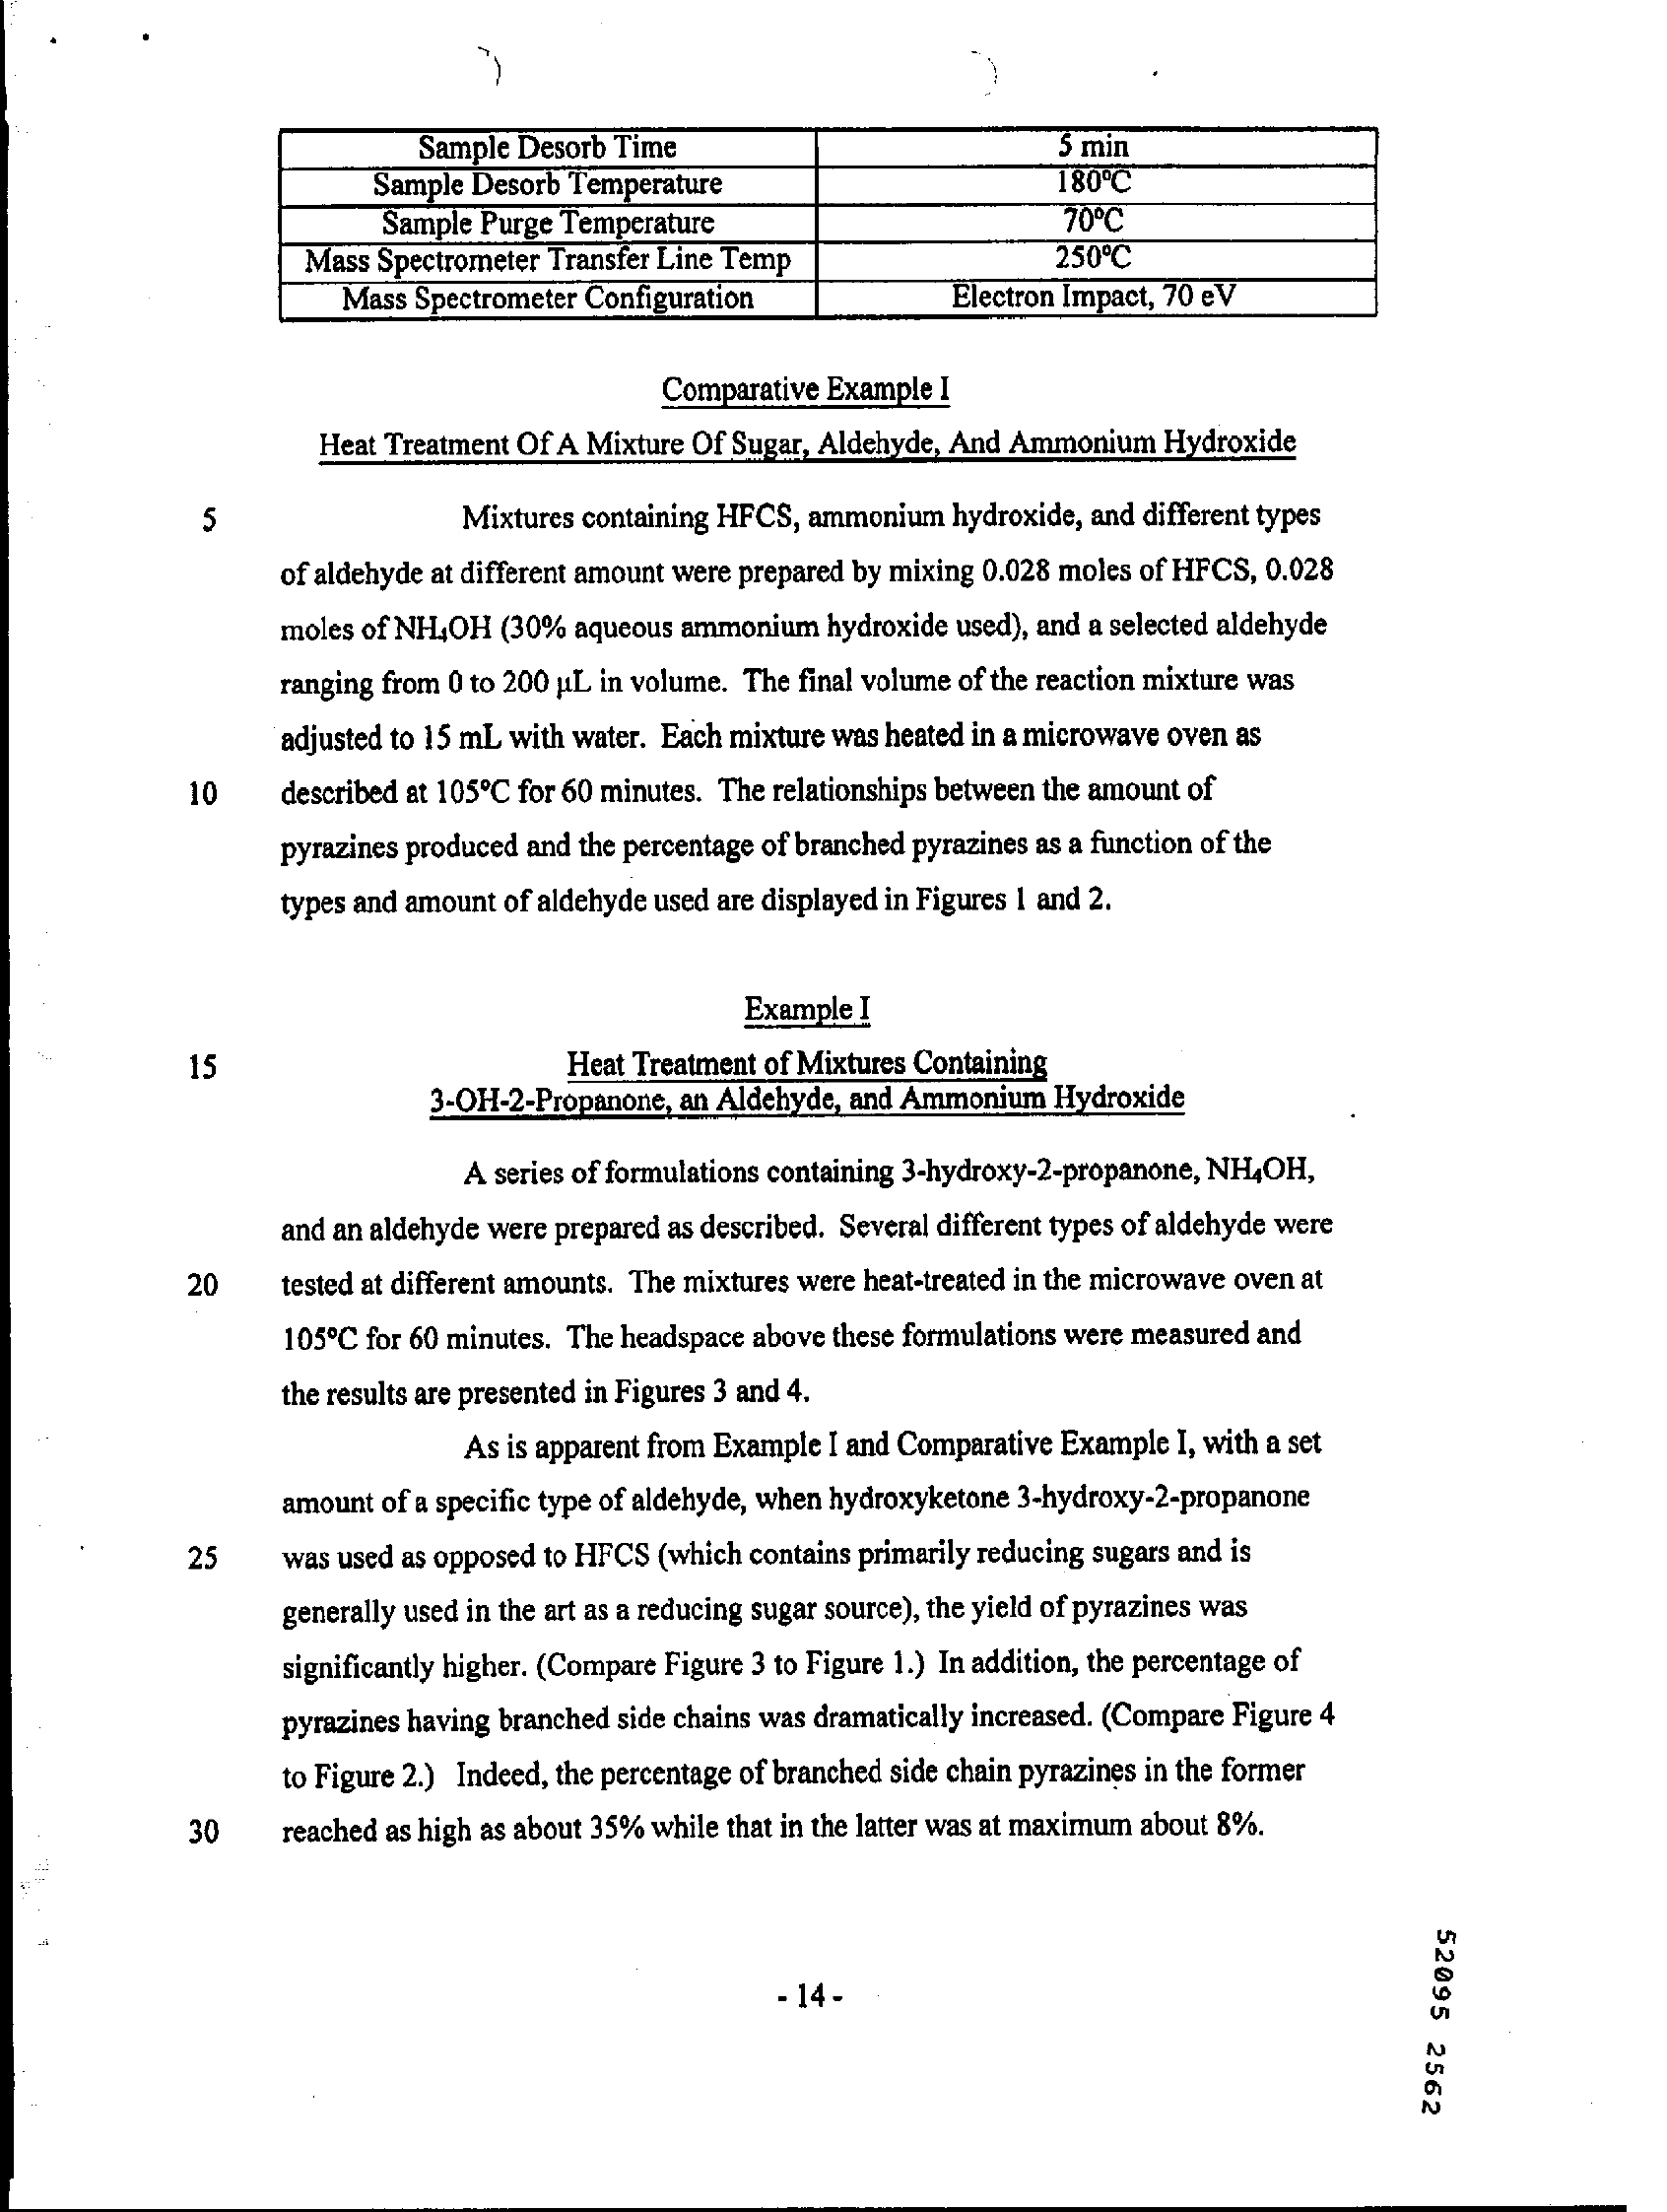
Sample Desorb Time    5 min
     Sample Desorb Temperature    180ºC
     Sample Purge Temperature    70 ℃
     Mass Spectrometer Transfer Line Temp    250ºC
     Mass Spectrometer Configuration    Electron Impact, 70 eV
     Comparative Example I
     Heat Treatment Of A Mixture Of Sugar, Aldehyde, And Ammonium Hydroxide
     5    Mixtures containing HFCS, ammonium hydroxide, and different types
     of aldehyde at different amount were prepared by mixing 0.028 moles of HFCS, 0.028
     moles of NH4OH (30% aqueous ammonium hydroxide used), and a selected aldehyde
     ranging from 0 to 200 p.L in volume. The final volume of the reaction mixture was
     adjusted to 15 mL with water. Each mixture was heated in a microwave oven as
     10   described at 105 ℃ for 60 minutes. The relationships between the amount of
     pyrazines produced and the percentage of branched pyrazines as a function of the
     types and amount of aldehyde used are displayed in Figures 1 and 2.
     Example I
     15    Heat Treatment of Mixtures Containing
     3-OH-2-Propanone, an Aldehyde, and Ammonium Hydroxide
     A series of formulations containing 3-hydroxy-2-propanone, NH4OH,
     and an aldehyde were prepared as described. Several different types of aldehyde were
     20    tested at different amounts. The mixtures were heat-treated in the microwave oven at
     105 ℃ for 60 minutes. The headspace above these formulations were measured and
     the results are presented in Figures 3 and 4.
     As is apparent from Example I and Comparative Example I, with a set
     amount of a specific type of aldehyde, when hydroxyketone 3-hydroxy-2-propanone
     25   was used as opposed to HFCS (which contains primarily reducing sugars and is
     generally used in the art as a reducing sugar source), the yield of pyrazines was
     significantly higher. (Compare Figure 3 to Figure 1.) In addition, the percentage of
     pyrazines having branched side chains was dramatically increased. (Compare Figure 4
     to Figure 2.) Indeed, the percentage of branched side chain pyrazines in the former
     30   reached as high as about 35% while that in the latter was at maximum about 8%.
     52095
     2562
     - 14-